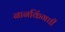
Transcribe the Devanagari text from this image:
नानकिंगची